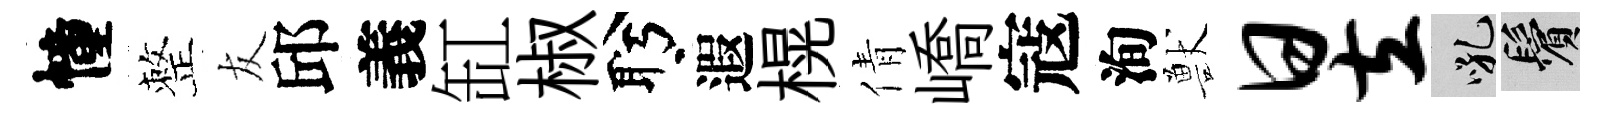
幢整友邱義缸椒盻遐榥倩嶠寇洵獸昱吼鬢